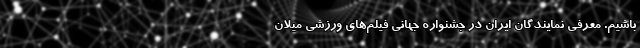
باشیم. معرفی نمایندگان ایران در جشنواره جهانی فیلم‌های ورزشی میلان